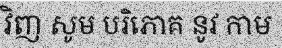
វិញ សូម បរិភោគ នូវ កាម